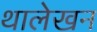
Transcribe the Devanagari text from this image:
थालेखन